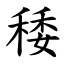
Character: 䅗